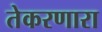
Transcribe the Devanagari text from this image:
तेकरणारा